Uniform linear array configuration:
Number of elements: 16
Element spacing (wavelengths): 0.75
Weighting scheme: blackman
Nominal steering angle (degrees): -45
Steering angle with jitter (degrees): -44.683
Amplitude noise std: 0.05
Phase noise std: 0.05

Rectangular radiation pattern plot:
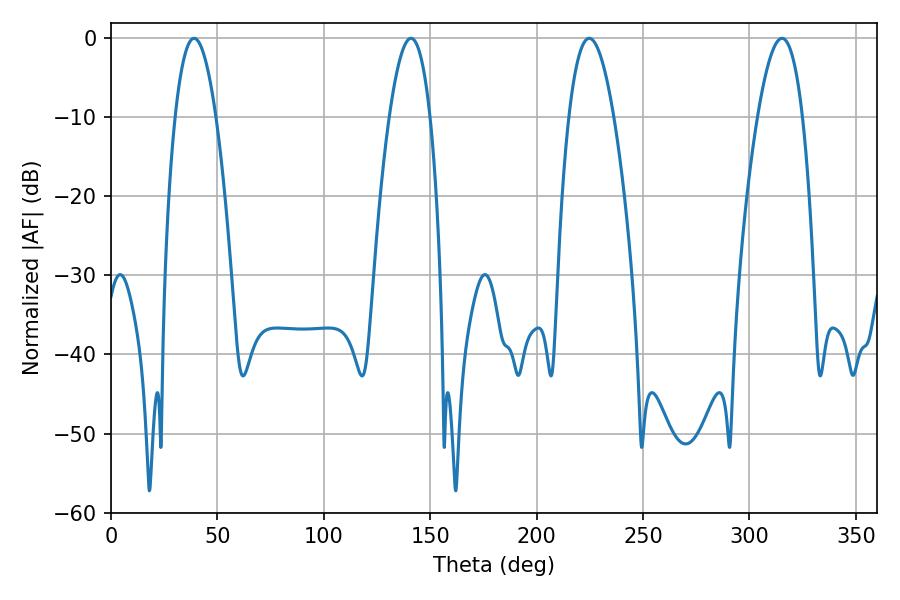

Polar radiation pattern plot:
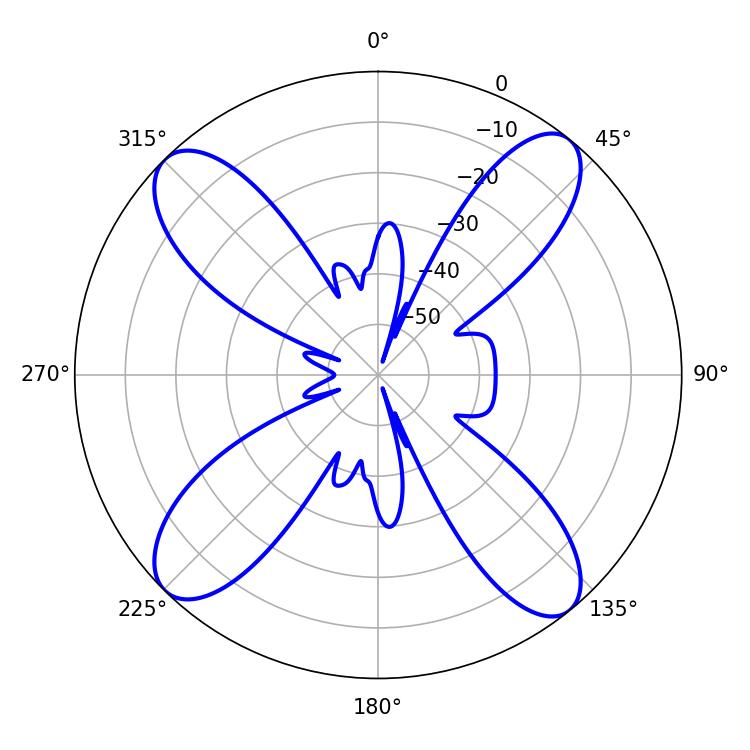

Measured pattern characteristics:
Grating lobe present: TRUE
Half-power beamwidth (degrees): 10.44
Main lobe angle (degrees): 39.06